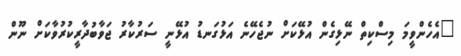
"އެހެންވީމަ މިސްކިތް ނޭޅިގެން އުޅޭކަށް ނުޖެހޭނެ އަޅުގަނޑު އުޅޭނީ ސަރުކާރު ޖަވާބުދާރީކުރުވާކަށް ނޫން